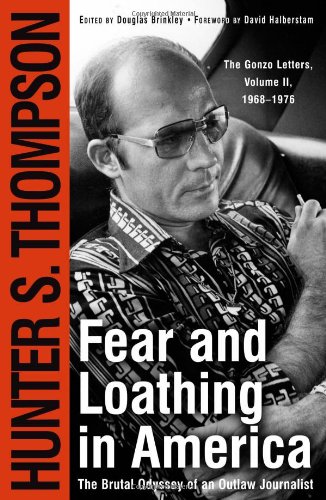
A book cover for Fear and Loathing in America : The Brutal Odyssey of an Outlaw Journalist; Hunter S. Thompson; Biographies & Memoirs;